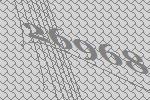
26968